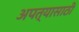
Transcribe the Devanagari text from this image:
अपत्यासाठी